Annual report on the Civil Veterinary Department, Burma (including the Insein Veterinary School) - 1923-1931
Year: 1923
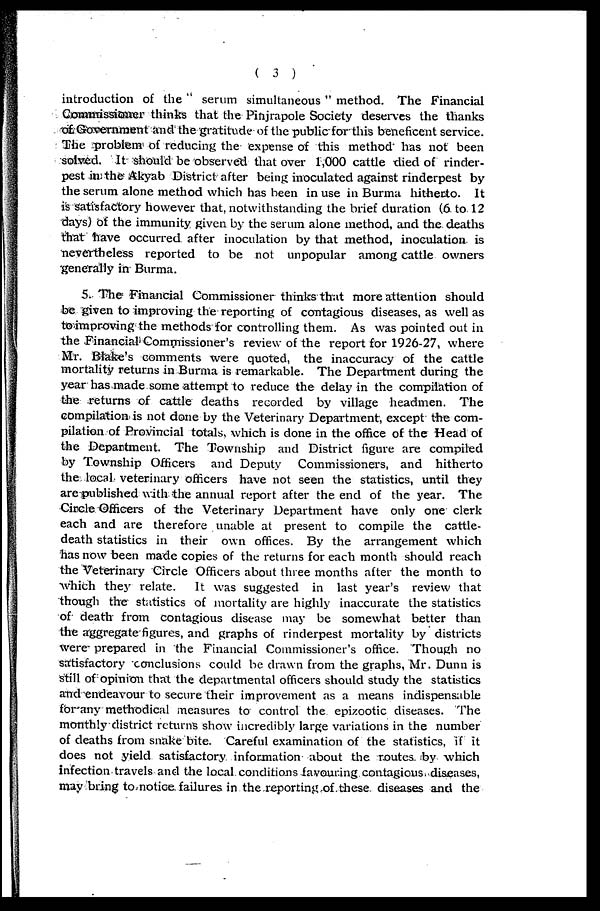
( 3 )
introduction of the " serum simultaneous " method. The Financial
Commissioner thinks that the Pinjrapole Society deserves the thanks
of Government and the gratitude of the public for this beneficent service.
The problem of reducing the expense of this method has not been
solved. It should be observed that over 1,000 cattle died of rinder-
pest in the Akyab District after being inoculated against rinderpest by
the serum alone method which has been in use in Burma hitherto. It
is satisfactory however that, notwithstanding the brief duration (6 to 12
days) of the immunity given by the serum alone method, and the deaths
that have occurred after inoculation by that method, inoculation is
nevertheless reported to be not unpopular among cattle owners
generally in Burma.
5. The Financial Commissioner thinks that more attention should
be given to improving the reporting of contagious diseases, as well as
to improving the methods for controlling them. As was pointed out in
the Financial Commissioner's review of the report for 1926-27, where
Mr. Blake's comments were quoted, the inaccuracy of the cattle
mortality returns in Burma is remarkable. The Department during the
year has made some attempt to reduce the delay in the compilation of
the returns of cattle deaths recorded by village headmen. The
compilation is not done by the Veterinary Department, except the com-
pilation of Provincial totals, which is done in the office of the Head of
the Department. The Township and District figure are compiled
by Township Officers
and Deputy
Commissioners, and hitherto
the local veterinary officers have not seen the statistics, until they
are published with the annual report after the end of the year. The
Circle Officers of the Veterinary Department have only one clerk
each and are therefore unable at present to compile the cattle-
death statistics in their own offices. By the arrangement which
has now been made copies of the returns for each month should reach
the Veterinary Circle Officers about three months after the month to
which they relate.
It was suggested in last year's review that
though the statistics of mortality are highly inaccurate the statistics
of death from contagious disease may be somewhat better than
the aggregate figures, and graphs of rinderpest mortality by districts
were prepared in the Financial Commissioner's office. Though no
satisfactory conclusions could be drawn from the graphs, Mr. Dunn is
still of opinion that the departmental officers should study the statistics
and endeavour to secure their improvement as a means indispensable
for any methodical measures to control the epizootic diseases. The
monthly district returns show incredibly large variations in the number
of deaths from snake bite. Careful examination of the statistics, if it
does not yield satisfactory information about the routes by which
infection travels and the local conditions favouring contagious diseases,
may bring to notice failures in the reporting of these diseases and the